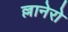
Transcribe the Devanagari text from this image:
ल्लानेरो